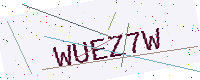
Text: WUEZ7W